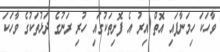
ވާހަކަ ހިމަނާފައި އޮތް އިރު އެ ފޮށިތަކުގައި ހުރި ރަނުގެ ދަޅުތަކުގެ ވާހަކަ